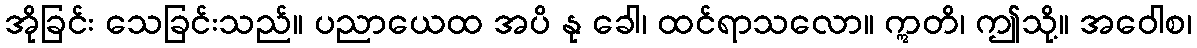
အိုခြင်း သေခြင်းသည်။ ပညာယေထ အပိ နု ခေါ၊ ထင်ရာသလော။ ဣတိ၊ ဤသို့။ အဝေါစ၊